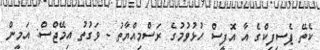
ކެތޭ ޕެސިފިކްގެ އާ އޮފީސް ހުޅުވުމުގެ ރަސްމިއްޔާތު - ވަގުތު އިމޭޖްސް: އަމީން